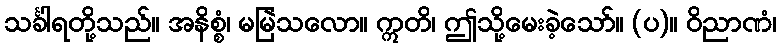
သင်္ခါရတို့သည်။ အနိစ္စံ၊ မမြဲသလော။ ဣတိ၊ ဤသို့မေးခဲ့သော်။ (ပ)။ ဝိညာဏံ၊